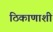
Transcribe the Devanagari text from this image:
ठिकाणाशी